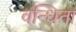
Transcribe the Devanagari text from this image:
वन्धिता